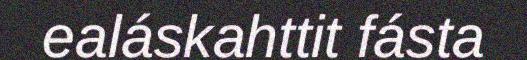
ealáskahttit fásta